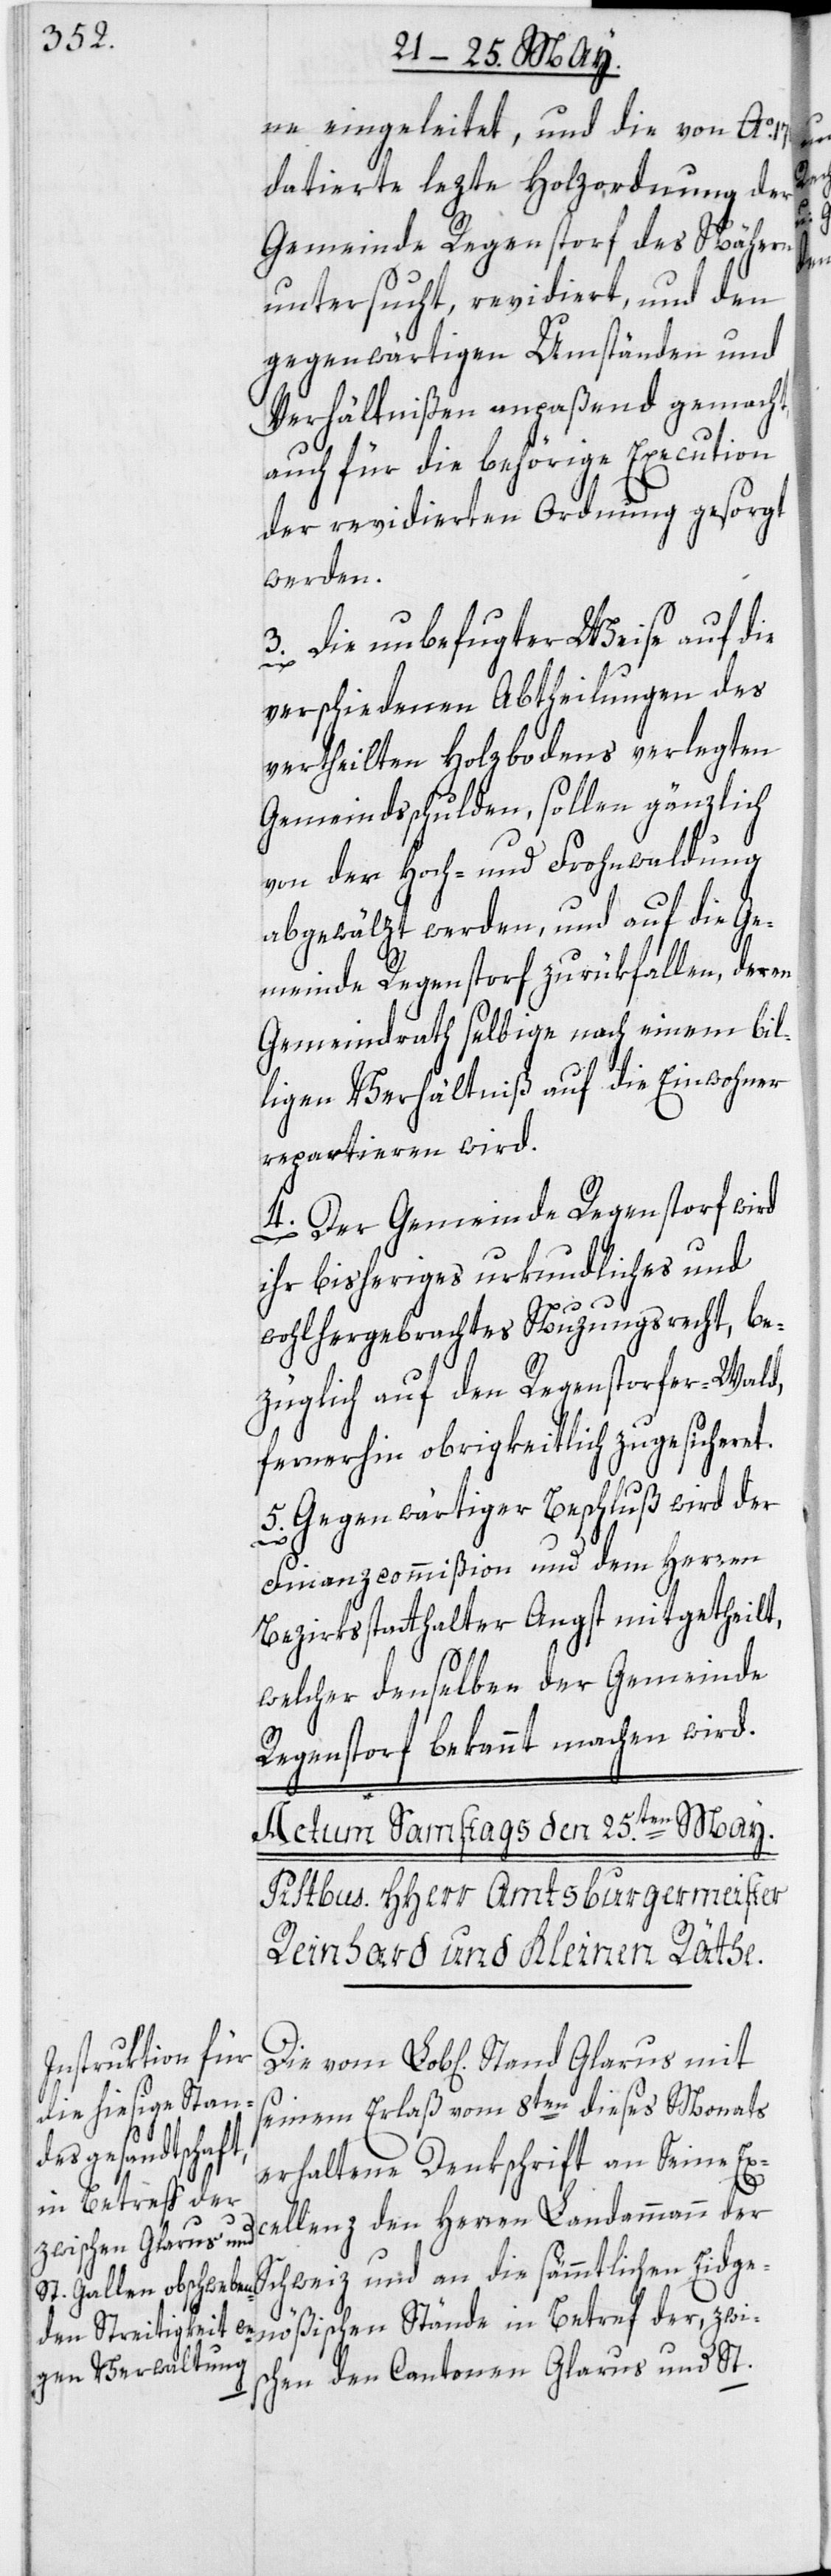
ne eingeleitet, und die von Ao.
datierte lezte Holzordnung der
Gemeinde Regenstorf des Näheren
untersucht, revidiert, und den
gegenwärtigen Umständen und
Verhältnißen anpaßend gemacht,
auch für die behörige Execution
der revidierten Ordnung gesorgt
werden.
3. Die unbefugter Weise auf die
verschiedenen Abtheilungen des
vertheilten Holzbodens verlegten
Gemeindsschulden, sollen gänzlich
von der Hoch- und Frohnwaldung
abgewälzt werden, und auf die Ge¬
meinde Regenstorf zurükfallen, deren
Gemeindrath selbige nach einem bil¬
ligen Verhältniß auf die Einwohner
repartieren wird.
4. Der Gemeinde Regenstorf wird
ihr bisheriges urkundliches und
wohlhergebrachtes Nuzungsrecht, be¬
züglich auf den Regenstorfer-Wald,
fernerhin obrigkeitlich zugesicheret.
5. Gegenwärtiger Beschluß wird der
Die
Finanzcommißion und dem Herren
Bezirksstatthalter Angst mitgetheilt,
welcher denselben der Gemeinde
Regenstorf bekannt machen wird.
seinem Erlaß vom 8ten dieses Monats
erhaltene Denkschrift an Seine Ex¬
cellenz den Herren Landammann der
nößischen Stände in Betref der, zwi¬
schen den Cantonen Glarus und St.

Eidge¬